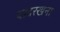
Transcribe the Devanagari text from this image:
यादरखना